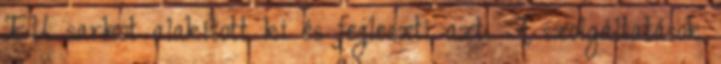
EU sarkot alakított ki és fejleszti azt. A szolgáltatások